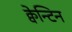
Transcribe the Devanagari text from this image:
क्वेन्टिन